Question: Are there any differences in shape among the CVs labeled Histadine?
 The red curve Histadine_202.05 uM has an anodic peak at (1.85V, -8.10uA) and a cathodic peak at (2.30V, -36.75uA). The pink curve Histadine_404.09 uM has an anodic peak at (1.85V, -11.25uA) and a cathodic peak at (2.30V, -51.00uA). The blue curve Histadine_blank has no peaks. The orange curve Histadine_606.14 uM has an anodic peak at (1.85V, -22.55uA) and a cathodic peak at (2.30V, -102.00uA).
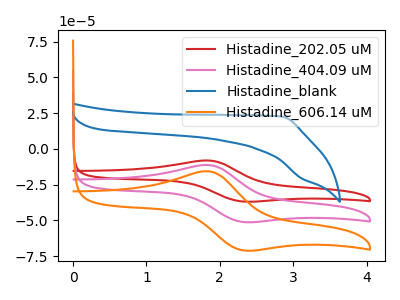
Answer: <think>All the peaks in "Histadine_202.05 uM" have a peak in "Histadine_404.09 uM" at the same potential. "Histadine_202.05 uM" and "Histadine_blank" have a different number of peaks. All the peaks in "Histadine_202.05 uM" have a peak in "Histadine_606.14 uM" at the same potential. "Histadine_404.09 uM" and "Histadine_blank" have a different number of peaks. All the peaks in "Histadine_404.09 uM" have a peak in "Histadine_606.14 uM" at the same potential. "Histadine_blank" and "Histadine_606.14 uM" have a different number of peaks.
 </think>
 <answer>All the CV's of "Histadine" have similar shape.</answer>
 <eval>follow_rule</eval>